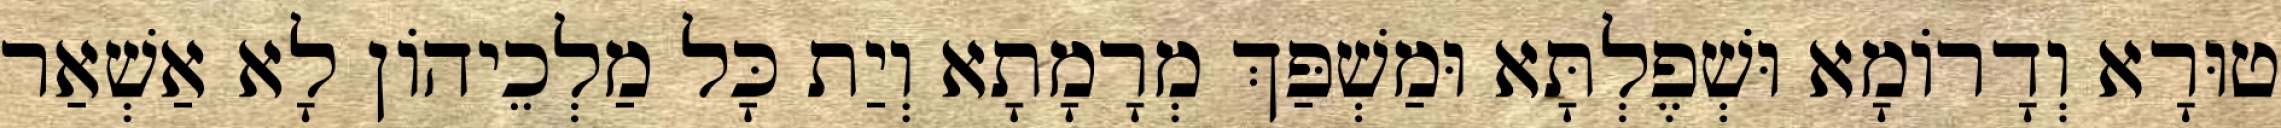
טוּרָא וְדָרוֹמָא וּשְׁפֶלְתָּא וּמַשְׁפַּךְ מְרָמָתָא וְיַת כָּל מַלְכֵיהוֹן לָא אַשְׁאַר